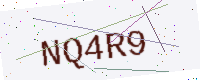
Text: NQ4R9